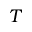
T